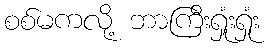
စစ်မကလို့ ဘာကြီးရှုံးရှုံး